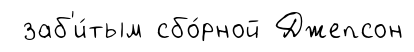
заб'и́тым сбо́рной Джепсон